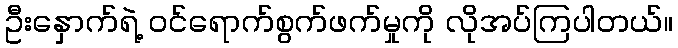
ဦးနှောက်ရဲ့ ဝင်ရောက်စွက်ဖက်မှုကို လိုအပ်ကြပါတယ်။